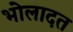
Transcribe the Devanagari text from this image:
भोलादत